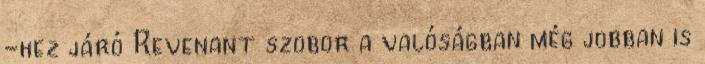
-hez járó Revenant szobor a valóságban még jobban is